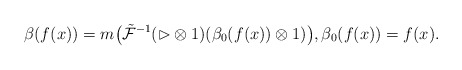
\begin{gather*}{\beta}(f(x))=m\big(\tilde{\mathcal{F}}^{-1}(\rhd\otimes 1) ({\beta}_0(f(x))\otimes1)\big),{\beta}_0(f(x))=f(x).\end{gather*}